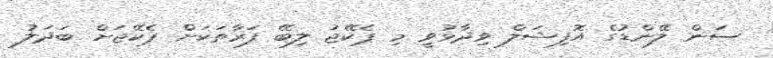
ސަން ލޭންޑުގެ އޮފިޝަލް ވިދާޅުވީ މި ޕެކޭޖު ލިބޭ ފަރާތަކަށް ޕެކޭޖަށް ބަދަލު